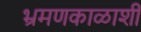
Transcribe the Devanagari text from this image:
भ्रमणकाळाशी